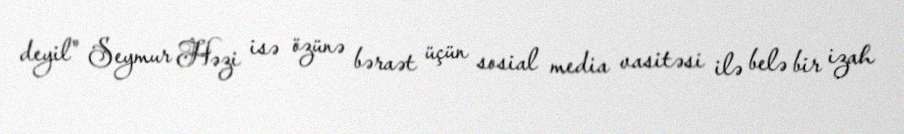
deyil" Seymur Həzi isə özünə bəraət üçün sosial media vasitəsi ilə belə bir izah